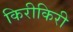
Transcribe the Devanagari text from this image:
किरीकिरी